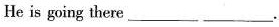
He is going there___ ___ .